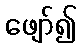
ဖျော်၍